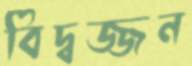
বিদ্বজ্জন